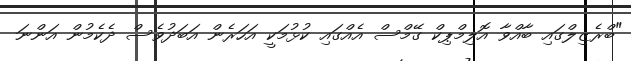
"ބްރެޒިލްގައި ބާއްވާ އޮލިމްޕިކް ގޭމްސް އެއްގައި ކުޅުމަކީ އަހަރެން އަބަދުވެސް ދެކެމުން އަންނަ